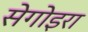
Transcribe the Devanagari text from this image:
सेगोइरा